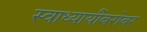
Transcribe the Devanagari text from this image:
स्वाध्यायींबरोबर